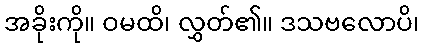
အခိုးကို။ ဝမထိ၊ လွှတ်၏။ ဒသဗလောပိ၊